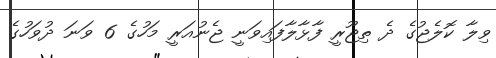
ވިލާ ކޮލެޖުގެ ދެ ތިޖޫރީ ފާޅާލާފައިވަނީ ޖެނުއަރީ މަހުގެ 6 ވަނަ ދުވަހުގެ